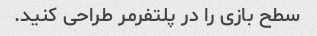
سطح بازی را در پلتفرمر طراحی کنید.